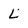
Character: L